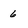
Character: 6